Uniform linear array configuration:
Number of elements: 12
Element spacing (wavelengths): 1
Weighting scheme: uniform
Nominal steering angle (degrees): -45
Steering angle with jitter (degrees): -46.816
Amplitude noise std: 0.05
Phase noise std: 0.05

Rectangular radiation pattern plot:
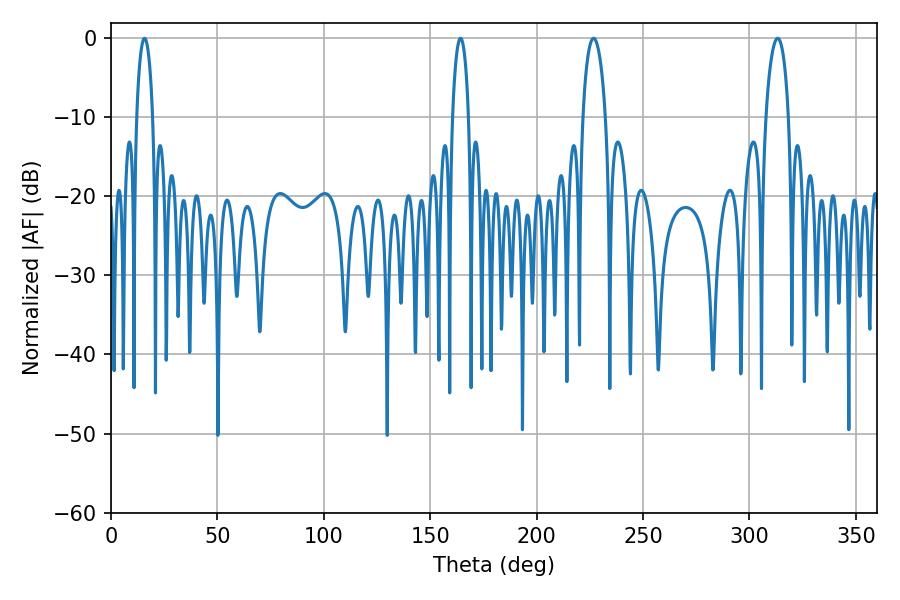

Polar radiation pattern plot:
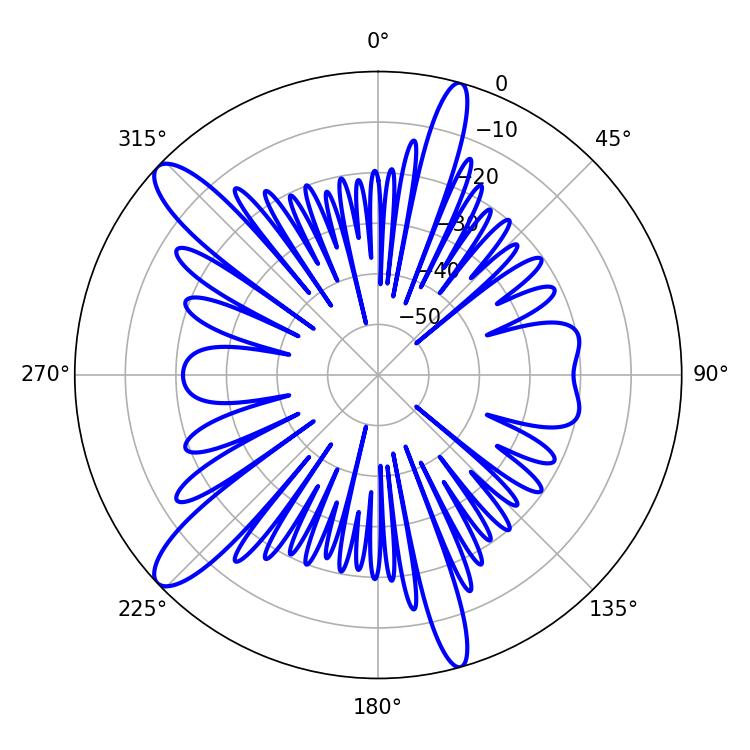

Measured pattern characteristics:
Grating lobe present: TRUE
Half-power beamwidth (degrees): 6.12
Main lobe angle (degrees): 226.8